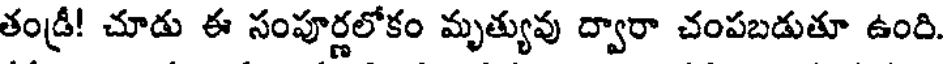
తండ్రీ! చూడు ఈ సంపూర్ణలోకం మృత్యువు ద్వారా చంపబడుతూ ఉంది.